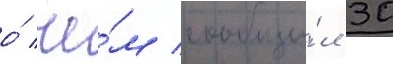
о́ че́м сообщи́л 30